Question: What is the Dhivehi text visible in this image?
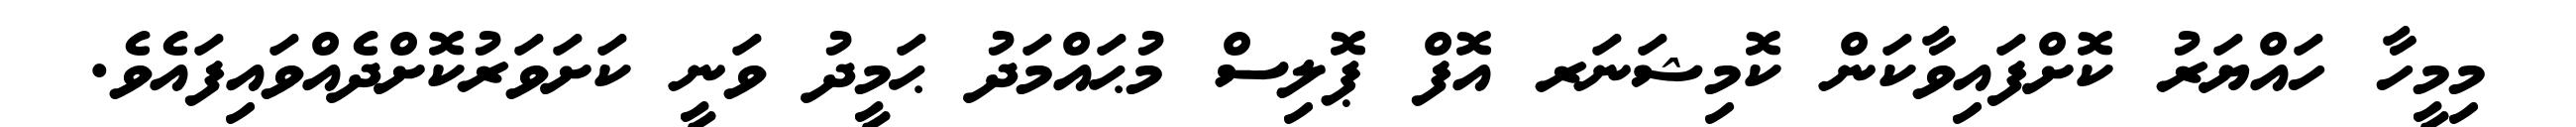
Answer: މިމީހާ ހައްޔަރު ކޮށްފައިވާކަން ކޮމިޝަނަރ އޮފް ޕޮލިސް މުޙައްމަދު ޙަމީދު ވަނީ ކަށަވަރުކޮށްދެއްވައިފައެވެ.